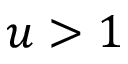
u > 1